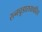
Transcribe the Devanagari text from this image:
रत्नचूडारायचरित